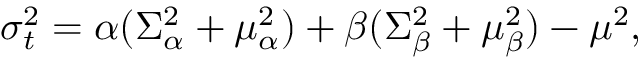
\sigma _ { t } ^ { 2 } = \alpha ( \Sigma _ { \alpha } ^ { 2 } + \mu _ { \alpha } ^ { 2 } ) + \beta ( \Sigma _ { \beta } ^ { 2 } + \mu _ { \beta } ^ { 2 } ) - \mu ^ { 2 } ,